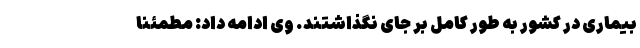
بیماری در کشور به طور کامل بر جای نگذاشتند. وی ادامه داد: مطمئنا